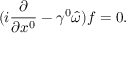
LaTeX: ( i \frac { \partial } { \partial x ^ { 0 } } - \gamma ^ { 0 } \hat { \omega } ) f = 0 .